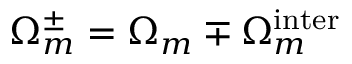
\Omega _ { m } ^ { \pm } = \Omega _ { m } \mp \Omega _ { m } ^ { \mathrm { i n t e r } }